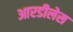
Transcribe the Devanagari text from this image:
आरडीलेस